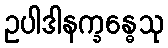
ဥပါဒါနက္ခန္ဓေသု